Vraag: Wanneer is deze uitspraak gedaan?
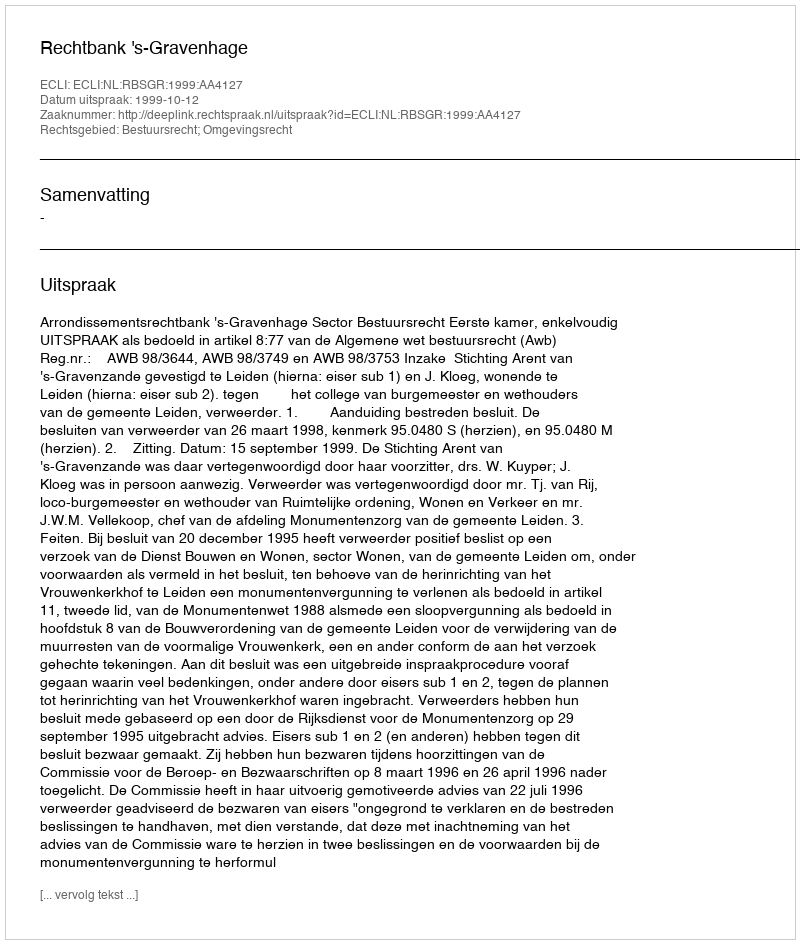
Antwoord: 1999-10-12